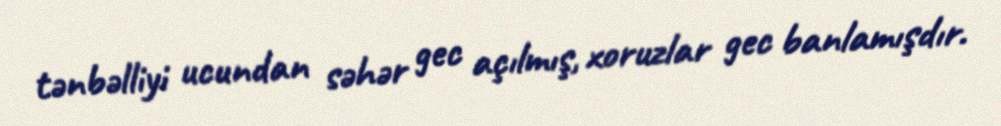
tənbəlliyi ucundan səhər gec açılmış, xoruzlar gec banlamışdır.